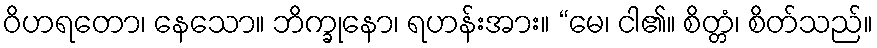
ဝိဟရတော၊ နေသော။ ဘိက္ခုနော၊ ရဟန်းအား။ “မေ၊ ငါ၏။ စိတ္တံ၊ စိတ်သည်။